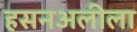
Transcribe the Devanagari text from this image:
हसनअलीला